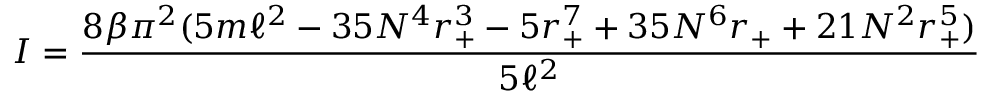
I = \frac { 8 \beta \pi ^ { 2 } ( 5 m \ell ^ { 2 } - 3 5 N ^ { 4 } r _ { + } ^ { 3 } - 5 r _ { + } ^ { 7 } + 3 5 N ^ { 6 } r _ { + } + 2 1 N ^ { 2 } r _ { + } ^ { 5 } ) } { 5 \ell ^ { 2 } }